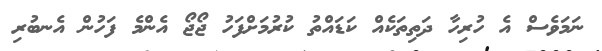
ނަމަވެސް އެ ހުރިހާ ދަތިތަކެއް ކަޑައްތު ކުރުމަށްފަހު ޖޯޖޯ އެންމެ ފަހުން އެނބުރި